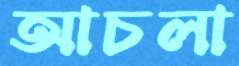
আচলা